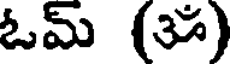
ఓమ్ (3)